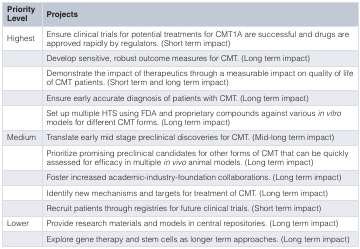
<table><thead><tr><td><b>PriorityLevel</b></td><td><b>Projects</b></td></tr></thead><tbody><tr><td>Highest</td><td>Ensure clinical trials for potential treatments for CMT1A are successful and drugs areapproved rapidly by regulators. (Short term impact)</td></tr><tr><td></td><td>Develop sensitive, robust outcome measures for CMT. (Long term impact)</td></tr><tr><td></td><td>Demonstrate the impact of therapeutics through a measurable impact on quality of lifeof CMT patients. (Short term and long term impact)</td></tr><tr><td></td><td>Ensure early accurate diagnosis of patients with CMT. (Long term impact)</td></tr><tr><td></td><td>Set up multiple HTS using FDA and proprietary compounds against various<i>in vitro</i>models for different CMT forms. (Long term impact)</td></tr><tr><td>Medium</td><td>Translate early mid stage preclinical discoveries for CMT. (Mid-long term impact)</td></tr><tr><td></td><td>Prioritize promising preclinical candidates for other forms of CMT that can be quicklyassessed for efficacy in multiple<i>in vivo</i> animal models. (Long term impact)</td></tr><tr><td></td><td>Foster increased academic-industry-foundation collaborations. (Long term impact)</td></tr><tr><td></td><td>Identify new mechanisms and targets for treatment of CMT. (Long term impact)</td></tr><tr><td></td><td>Recruit patients through registries for future clinical trials. (Short term impact)</td></tr><tr><td>Lower</td><td>Provide research materials and models in central repositories. (Long term impact)</td></tr><tr><td></td><td>Explore gene therapy and stem cells as longer term approaches. (Long term impact)</td></tr></tbody></table>